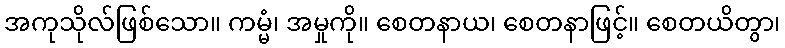
အကုသိုလ်ဖြစ်သော။ ကမ္မံ၊ အမှုကို။ စေတနာယ၊ စေတနာဖြင့်။ စေတယိတွာ၊